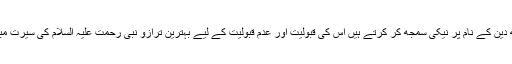
ہم جو کچھ دین کے نام پر نیکی سمجھ کر کرتے ہیں اس کی قبولیت اور عدم قبولیت کے لیے بہترین ترازو نبی رحمت علیہ السلام کی سیرت مبارکہ ہے۔